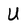
Character: U